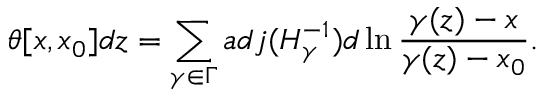
\theta [ x , x _ { 0 } ] d z = \sum _ { \gamma \in \Gamma } a d j ( H _ { \gamma } ^ { - 1 } ) d \ln \frac { \gamma ( z ) - x } { \gamma ( z ) - x _ { 0 } } .